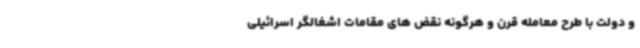
و دولت با طرح معامله قرن و هرگونه نقض های مقامات اشغالگر اسرائیلی